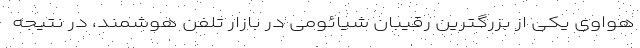
هواوی یکی از بزرگترین رقیبان شیائومی در بازار تلفن هوشمند، در نتیجه